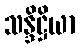
သန္ဒိဋ္ဌိယာ